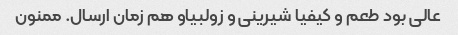
عالی بود طعم و کیفیا شیرینی و زولبیاو هم زمان ارسال. ممنون